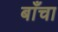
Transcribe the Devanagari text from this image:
बाँचा